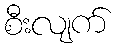
စီးလျက်